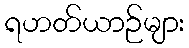
ရဟတ်ယာဉ်များ